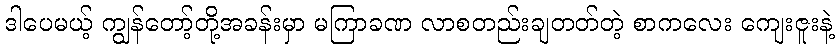
ဒါပေမယ့် ကျွန်တော့်တို့အခန်းမှာ မကြာခဏ လာစတည်းချတတ်တဲ့ စာကလေး ကျေးဇူးနဲ့